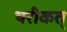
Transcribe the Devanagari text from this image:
थरीकत्